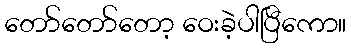
တော်တော်တော့ ဝေးခဲ့ပါပြီကော။